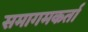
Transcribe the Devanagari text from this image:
समागमकर्ता